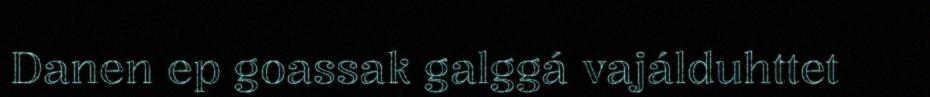
Danen ep goassak galggá vajálduhttet